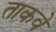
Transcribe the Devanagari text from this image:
ताकवे